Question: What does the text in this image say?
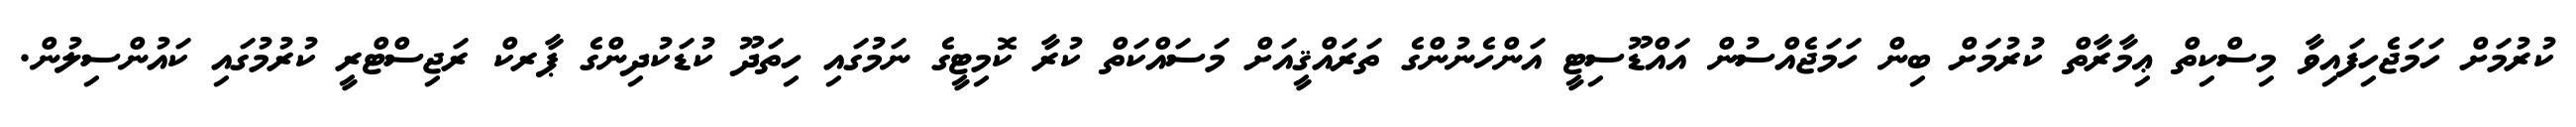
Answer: ކުރުމަށް ހަމަޖެހިފައިވާ މިސްކިތް ޢިމާރާތް ކުރުމަށް ބިން ހަމަޖެއްސުން އައްޑޫސިޓީ އަންހެނުންގެ ތަރައްޤީއަށް މަސައްކަތް ކުރާ ކޮމިޓީގެ ނަމުގައި ހިތަދޫ ކުޑަކުދިންގެ ޕާރކް ރަޖިސްޓްރީ ކުރުމުގައި ކައުންސިލުން.